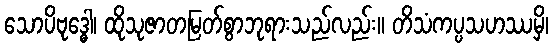
သောပိဗုဒ္ဓေါ၊ ထိုသုဇာတမြတ်စွာဘုရားသည်လည်း။ တိသံကပ္ပသဟဿမှိ၊